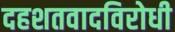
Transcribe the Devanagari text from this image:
दहशतवादविरोधी